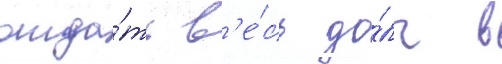
отда́ть в'е́сь до́лг в